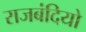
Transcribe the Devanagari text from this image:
राजबंदियो